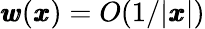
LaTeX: {\pmb w}({\pmb x})=O(1/|{\pmb x}|)